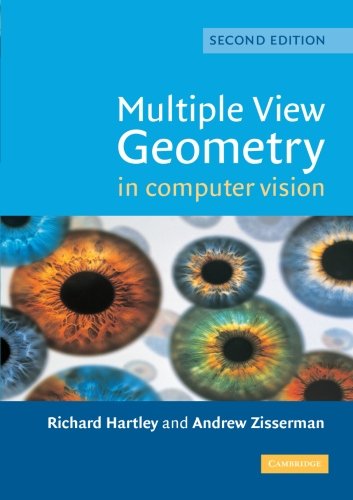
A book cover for Multiple View Geometry in Computer Vision; Richard Hartley; Computers & Technology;